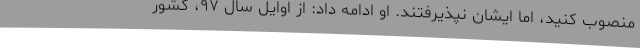
منصوب کنید، اما ایشان نپذیرفتند. او ادامه داد: از اوایل سال ۹۷، کشور